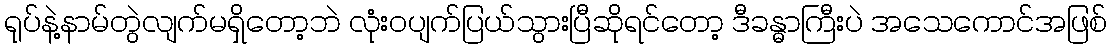
ရုပ်နဲ့နာမ်တွဲလျက်မရှိတော့ဘဲ လုံးဝပျက်ပြယ်သွားပြီဆိုရင်တော့ ဒီခန္ဓာကြီးပဲ အသေကောင်အဖြစ်